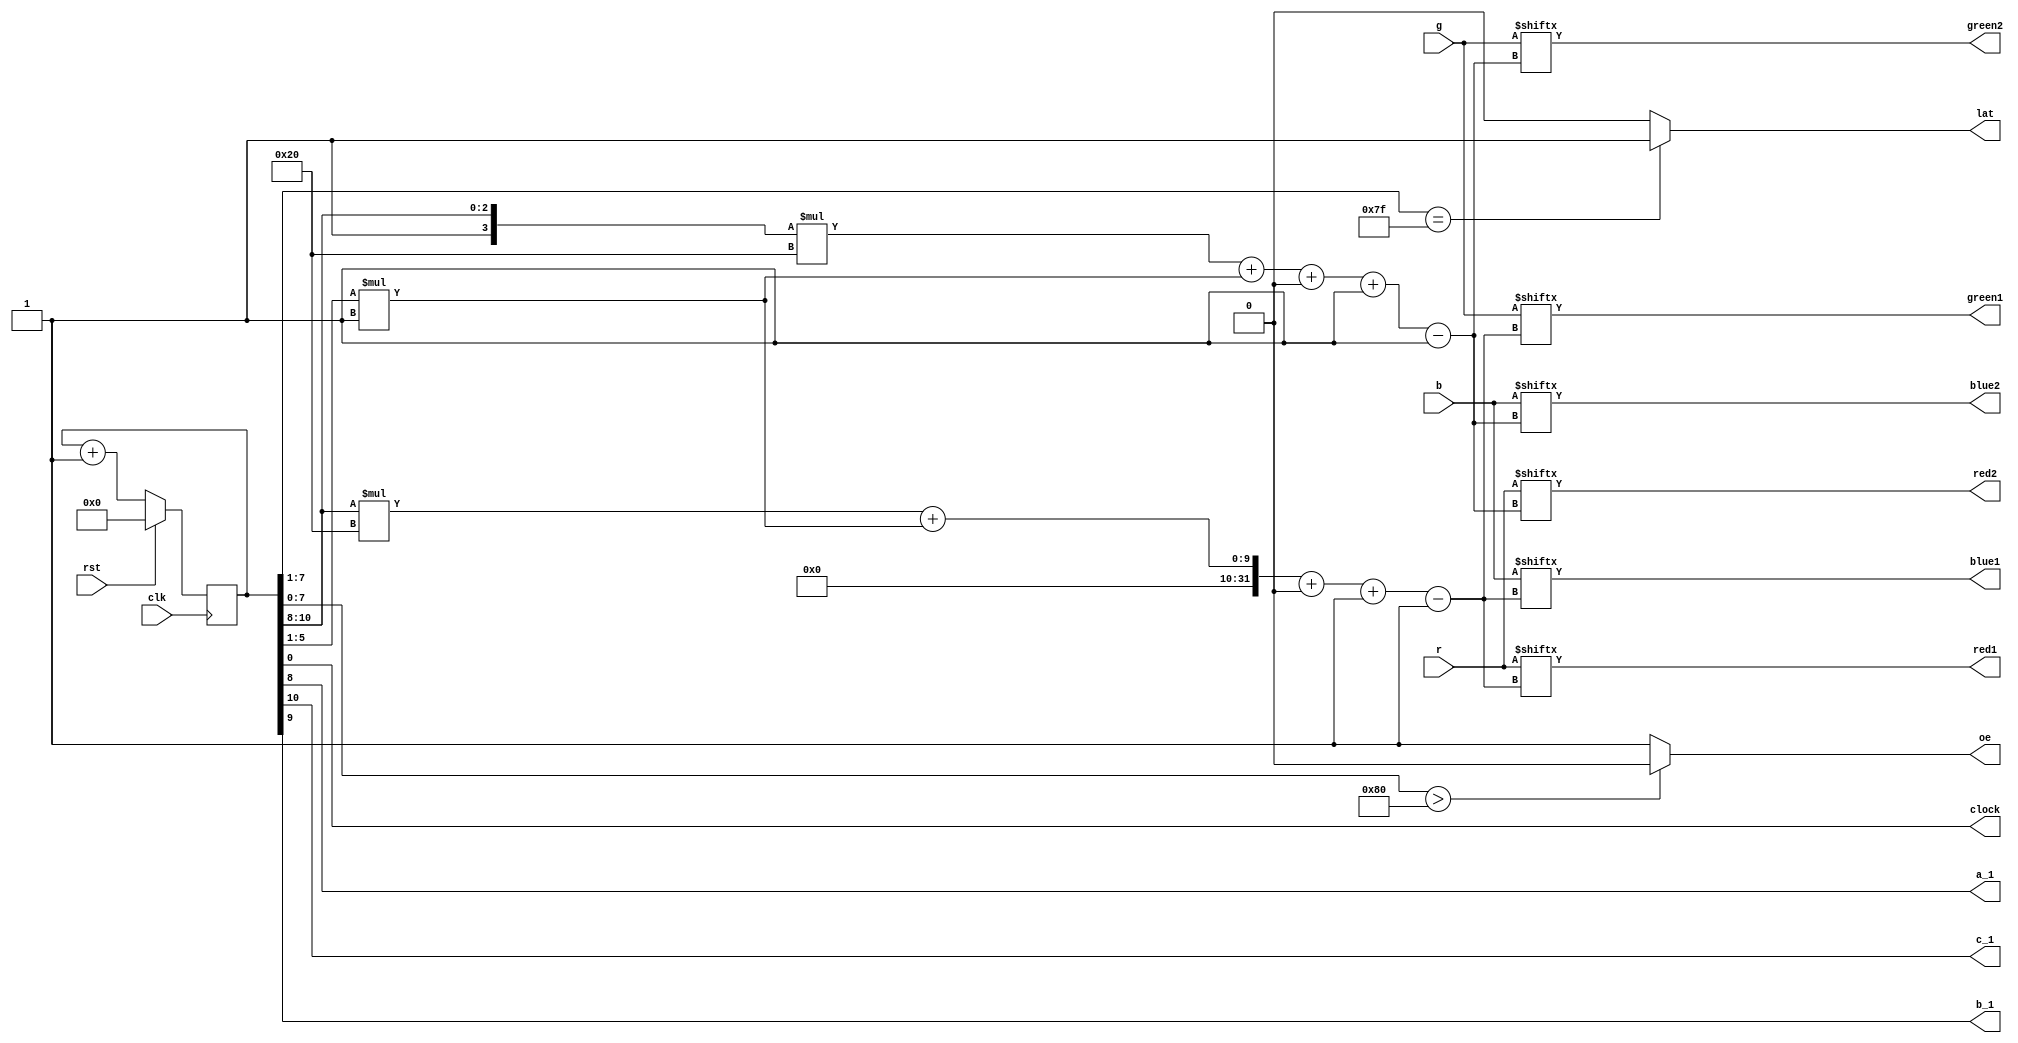
/*
   This file was generated automatically by the Mojo IDE version B1.3.6.
   Do not edit this file directly. Instead edit the original Lucid source.
   This is a temporary file and any changes made to it will be destroyed.
*/

module display_6 (
    input clk,
    input rst,
    input [511:0] r,
    input [511:0] g,
    input [511:0] b,
    output reg red2,
    output reg green2,
    output reg blue2,
    output reg red1,
    output reg green1,
    output reg blue1,
    output reg oe,
    output reg lat,
    output reg clock,
    output reg a_1,
    output reg c_1,
    output reg b_1
  );
  
  
  
  reg [10:0] M_columnClk_d, M_columnClk_q = 1'h0;
  
  reg [3:0] test;
  
  reg [3:0] test1;
  
  always @* begin
    M_columnClk_d = M_columnClk_q;
    
    a_1 = M_columnClk_q[8+0-:1];
    b_1 = M_columnClk_q[9+0-:1];
    c_1 = M_columnClk_q[10+0-:1];
    if (M_columnClk_q[1+6-:7] == 7'h7f) begin
      lat = 1'h1;
    end else begin
      lat = 1'h0;
    end
    if (M_columnClk_q[0+7-:8] > 8'h80) begin
      oe = 1'h0;
    end else begin
      oe = 1'h1;
    end
    test1[0+0-:1] = M_columnClk_q[8+0-:1];
    test1[1+0-:1] = M_columnClk_q[9+0-:1];
    test1[2+0-:1] = M_columnClk_q[10+0-:1];
    test1[3+0-:1] = 1'h0;
    test[0+0-:1] = M_columnClk_q[8+0-:1];
    test[1+0-:1] = M_columnClk_q[9+0-:1];
    test[2+0-:1] = M_columnClk_q[10+0-:1];
    test[3+0-:1] = 1'h1;
    red1 = r[(test1)*32+(M_columnClk_q[1+4-:5])*1+0-:1];
    green1 = g[(test1)*32+(M_columnClk_q[1+4-:5])*1+0-:1];
    blue1 = b[(test1)*32+(M_columnClk_q[1+4-:5])*1+0-:1];
    red2 = r[(test)*32+(M_columnClk_q[1+4-:5])*1+0-:1];
    green2 = g[(test)*32+(M_columnClk_q[1+4-:5])*1+0-:1];
    blue2 = b[(test)*32+(M_columnClk_q[1+4-:5])*1+0-:1];
    clock = M_columnClk_q[0+0-:1];
    M_columnClk_d = M_columnClk_q + 1'h1;
  end
  
  always @(posedge clk) begin
    if (rst == 1'b1) begin
      M_columnClk_q <= 1'h0;
    end else begin
      M_columnClk_q <= M_columnClk_d;
    end
  end
  
endmodule